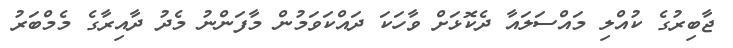
ޖާބިރުގެ ކުއްލި މައްސަލައާ ދެކޮޅަށް ވާހަކަ ދައްކަވަމުން މާފަންނު މެދު ދާއިރާގެ މެމްބަރު